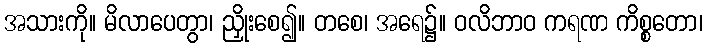
အသားကို။ မိလာပေတွာ၊ ညှိုးစေ၍။ တစေ၊ အရေ၌။ ဝလိဘာဝ ကရဏ ကိစ္စတော၊